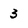
Character: 3